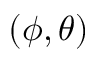
( \phi , \theta )